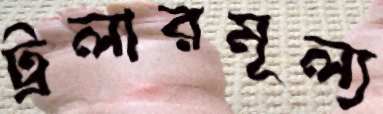
ট্রলারমূল্য